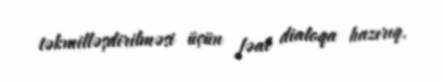
təkmilləşdirilməsi üçün fəal dialoqa hazırıq.